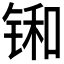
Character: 𫓼